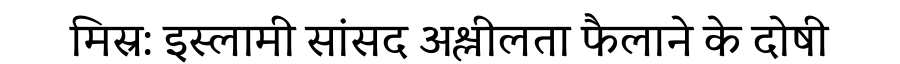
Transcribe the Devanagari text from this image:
मिस्र: इस्लामी सांसद अश्लीलता फैलाने के दोषी